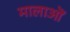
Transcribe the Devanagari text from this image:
मालाऒं